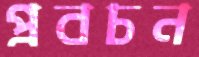
প্রবচন